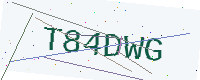
Text: T84DWG